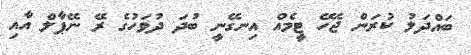
ބައްދަލު ކުރަން ޖެހޭ ޓީމެއް އިނގޭނީ ބުދަ ދުވަހުގެ ރޭ ނޭޕާލް އާއި